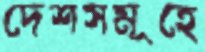
দেশসমূহে